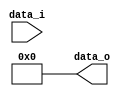
module Zero_Extend_32(
    data_i,
    data_o
    );

parameter size = 0;
			
//I/O ports
input   [size-1:0] data_i;
output  [32-1:0] data_o;

//Internal Signals
reg     [32-1:0] data_o;
integer i;

//Main function
always @(*) begin
	data_o[size-1:0] = data_i[size-1:0];
	for(i=size;i<32;i=i+1)begin
		data_o[i] = 0;
	end
end

endmodule